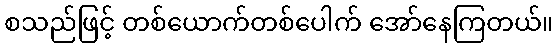
စသည်ဖြင့် တစ်ယောက်တစ်ပေါက် အော်နေကြတယ်။